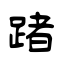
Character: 踷